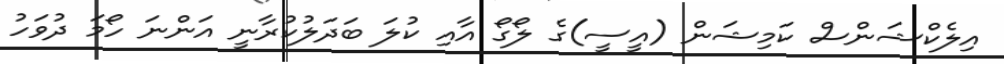
އިލެކްޝަންސް ކަމިޝަން (އީސީ)ގެ ލޯގޯ އާއި ކުލަ ބަދަލުކުރާނީ އަންނަ ހޯމަ ދުވަހު